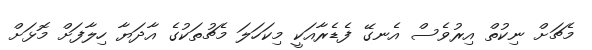
މެޗަށް ނިކުތް އިރުވެސް އެނގޭ ފެޑެރާއަކީ މިކަހަލަ މެޗުތަކުގެ އާދަޔާ ހިލާފަށް މޮޅަށް